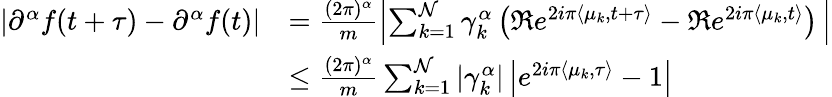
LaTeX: \begin{array}{rl}{|\partial^{\alpha}f(t+\tau)-\partial^{\alpha}f(t)|}&{=\frac{(2\pi)^{\alpha}}{m}\left|\sum_{k=1}^{\mathcal{N}}\gamma_{k}^{\alpha}\left(\Re e^{2i\pi\langle\mu_{k},t+\tau\rangle}-\Re e^{2i\pi\langle\mu_{k},t\rangle}\right)\, \right|}\\ &{\leq\frac{(2\pi)^{\alpha}}{m}\sum_{k=1}^{\mathcal{N}}|\gamma_{k}^{\alpha}|\left|e^{2i\pi\langle\mu_{k},\tau\rangle}-1\right|}\end{array}